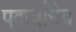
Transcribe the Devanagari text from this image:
पदार्थांचेच